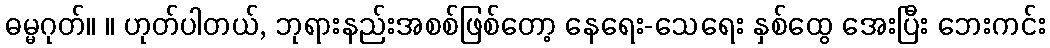
ဓမ္မဂုတ်။ ။ ဟုတ်ပါတယ်, ဘုရားနည်းအစစ်ဖြစ်တော့ နေရေး-သေရေး နှစ်ထွေ အေးပြီး ဘေးကင်း